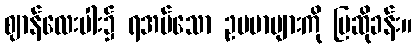
ဈာန်လေးပါး၌ ရအပ်သော ဥပမာများကို ပြဆိုခန်း။